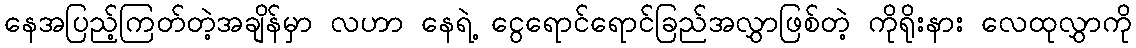
နေအပြည့်ကြတ်တဲ့အချိန်မှာ လဟာ နေရဲ့ ငွေရောင်ရောင်ခြည်အလွှာဖြစ်တဲ့ ကိုရိုးနား လေထုလွှာကို